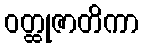
ဝတ္ထုဇာတိကာ